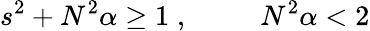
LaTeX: s^{2}+N^{2}\alpha\geq 1\; ,\; \; \; \; \; \; \; \; \; N^{2}\alpha<2